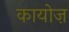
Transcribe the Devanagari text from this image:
कायोज़